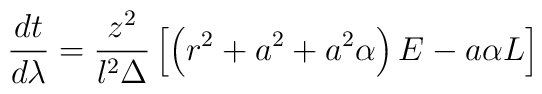
\frac{dt}{d\lambda}= \frac{z^2}{l^2\Delta}\left[\left(r^2+a^2+a^2 \alpha\right) E- a \alpha L\right]